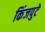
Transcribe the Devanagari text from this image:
किंजपुटे